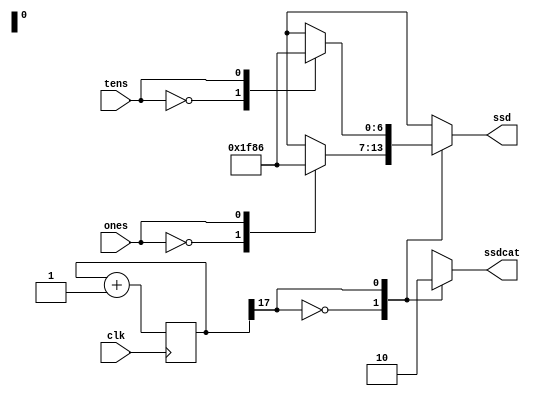
`timescale 1ns / 1ps

module ssd(
input clk,
input ones,
input tens,
output[6:0] ssd,
output reg ssdcat
 );
 
    reg[17:0] count;
    always @(posedge clk)
    begin
        count<=count+1;
    end
    
    reg[6:0] sseg_temp;
    //reg[3:0] antemp=4'b1110;
    always @(*)
    begin
    case(count[17])
    1'b0:
    begin
    case(ones)
        1'b0 : sseg_temp = 7'b0111111; //to display 0
        1'b1 : sseg_temp = 7'b0000110; //to display 1 //1111001
        default : sseg_temp = 7'b1000000; //dash
                 
        endcase
        ssdcat=1'b1;
        end
       1'b1:
       begin
       case(tens)
            1'b0 : sseg_temp = 7'b0111111; //to display 0
            1'b1 : sseg_temp = 7'b0000110; //to display 1 //1111001
            default : sseg_temp = 7'b1000000; //dash
               endcase
               ssdcat=1'b0;
       end
       endcase 
    end
    assign ssd=sseg_temp;
endmodule